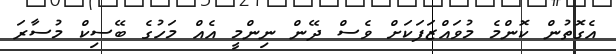
އެގޮތުން ކޮންމެ މުވައްޒަފަކަށް ވެސް ދޭން ނިންމީ އެއް މަހުގެ ބޭސިކް މުސާރަ